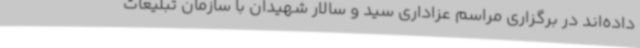
داده‌اند در برگزاری مراسم عزاداری سید و سالار شهیدان با سازمان تبلیغات